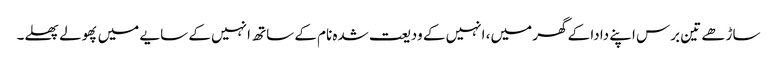
ساڑھے تین برس اپنے دادا کے گھر میں، انہیں کے ودیعت شدہ نام کے ساتھ انہیں کے سایے میں پھولے پھلے۔